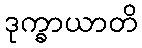
ဒုက္ခာယာတိ